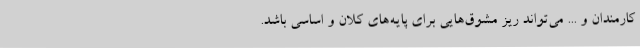
کارمندان و ... می‌تواند ریز مشوق‌هایی برای پایه‌های کلان و اساسی باشد.